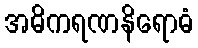
အဓိကရဏနိရောဓံ